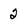
Character: 2